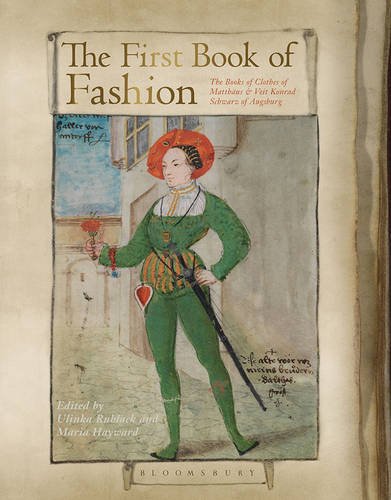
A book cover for The First Book of Fashion: The Book of Clothes of Matthaeus and Veit Konrad Schwarz of Augsburg; Arts & Photography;